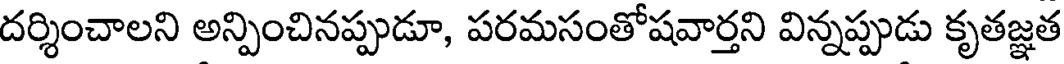
దర్శించాలని అన్పించినప్పుడూ, పరమసంతోషవార్తని విన్నప్పుడు కృతజ్ఞత